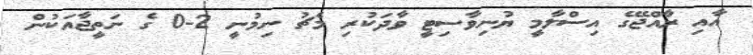
އާއި ރާއްޖޭގެ އިސްލާމީ ޔުނިވާސިޓީ ވާދަކުރި މެޗު ނިމުނީ 2-0 ގެ ނަތީޖާއަކުން